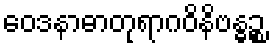
ဝေဒနာဓာတုရာဂဝိနိဗန္ဓဉ္စ